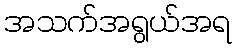
အသက်အရွယ်အရ